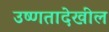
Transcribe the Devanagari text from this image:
उष्णतादेखील